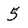
Character: 5